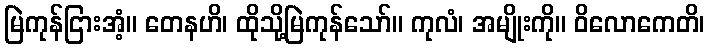
မြဲကုန်ငြားအံ့။ တေနဟိ၊ ထိုသို့မြဲကုန်သော်။ ကုလံ၊ အမျိုးကို။ ဝိလောကေတိ၊